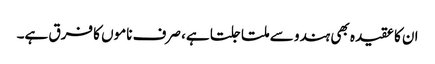
ان کا عقیدہ بھی ہندو سے ملتا جلتا ہے، صرف ناموں کا فرق ہے۔